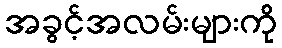
အခွင့်အလမ်းများကို